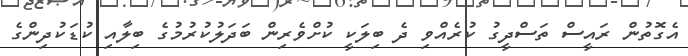
އެގޮތުން ރައީސް ތަސްދީގު ކުރެއްވި ދެ ބިލަކީ ކުށްވެރިން ބަދަލުކުރުމުގެ ބިލާއި ކުޑަކުދިންގެ